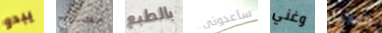
يبدو مصباح بالطبع ساعدونى وغني السلاسل